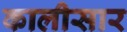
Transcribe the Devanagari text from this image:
कालीसार